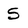
Character: 5